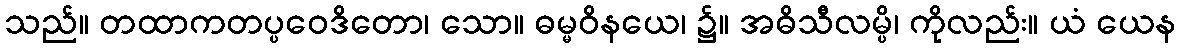
သည်။ တထာကတပ္ပဝေဒိတော၊ သော။ ဓမ္မဝိနယေ၊ ၌။ အဓိသီလမ္ပိ၊ ကိုလည်း။ ယံ ယေန